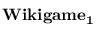
\mathbf { W i k i g a m e _ { 1 } }